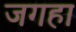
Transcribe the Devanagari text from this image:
जगहा